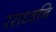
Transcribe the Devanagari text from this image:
रसध्वनि